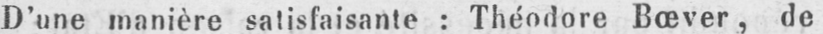
D’une manière satisfaisante: Théodore Bœver, de